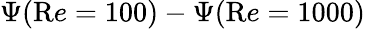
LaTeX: \Psi({\mathrm Re}=100)-\Psi({\mathrm Re}=1000)